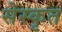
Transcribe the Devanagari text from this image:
सेस्कृत